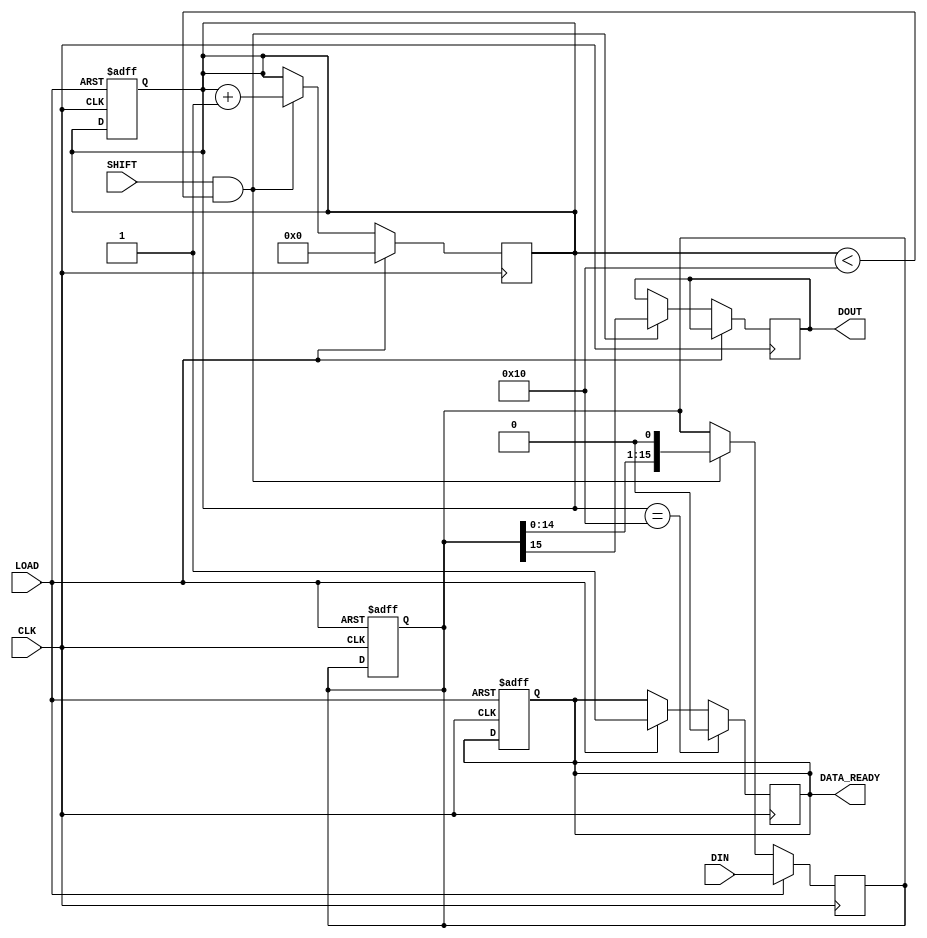
module PISO_Register (
    input wire [15:0] DIN,       // 16-bit Data Inputs
    input wire LOAD,             // Load Control Signal
    input wire SHIFT,            // Shift Control Signal
    input wire CLK,              // Clock Signal
    output reg DOUT,             // Serial Output
    output reg DATA_READY        // Data Ready Flag (optional)
);

    reg [15:0] shift_reg;        // Internal 16-bit Shift Register
    reg [4:0] bit_count;         // To count the number of bits shifted

    always @(posedge CLK) begin
        // Load operation
        if (LOAD) begin
            shift_reg <= DIN;     // Load data into the shift register
            bit_count <= 5'b0;    // Reset bit count
            DATA_READY <= 1'b1;   // Indicate data is ready
        end
        // Shift operation
        else if (SHIFT && (bit_count < 16)) begin
            DOUT <= shift_reg[15]; // Output the MSB to DOUT
            shift_reg <= {shift_reg[14:0], 1'b0}; // Shift right
            bit_count <= bit_count + 1; // Increment the bit count
        end
        // When all bits are shifted out
        if (bit_count == 16) begin
            DATA_READY <= 1'b0;    // Reset data ready flag
        end
    end

    // Optional: Reset functionality (sync reset)
    always @(posedge CLK or posedge LOAD) begin
        if (LOAD) begin
            shift_reg <= 16'b0;    // Clear the shift register
            bit_count <= 5'b0;      // Reset bit count
            DATA_READY <= 1'b0;     // Clear data ready flag
        end
    end

endmodule